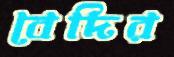
বেদির